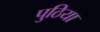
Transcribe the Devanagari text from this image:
पुठिया